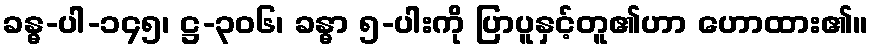
ခန္ဓ-ပါ-၁၄၅၊ ဋ္ဌ-၃၀၆၊ ခန္ဓာ ၅-ပါးကို ပြာပူနှင့်တူ၏ဟာ ဟောထား၏။